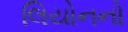
લિયોનનો